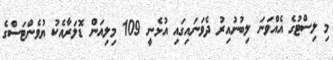
މި ލިސްޓުގެ އެއްވަނަ ލިބުނުއިރު ދެވަނައިގައި އުޅެނީ 109 މިލިއަން ޑޮލަރާއެކު ޔުވެންޓަސްގެ